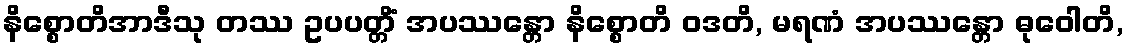
နိစ္စောတိအာဒီသု တဿ ဥပပတ္တိံ အပဿန္တော နိစ္စောတိ ဝဒတိ, မရဏံ အပဿန္တော ဓုဝေါတိ,